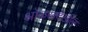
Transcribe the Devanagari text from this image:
ओळखदेखील